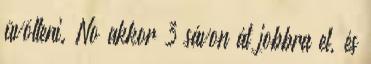
üvölteni. No akkor 3 sávon át jobbra el, és